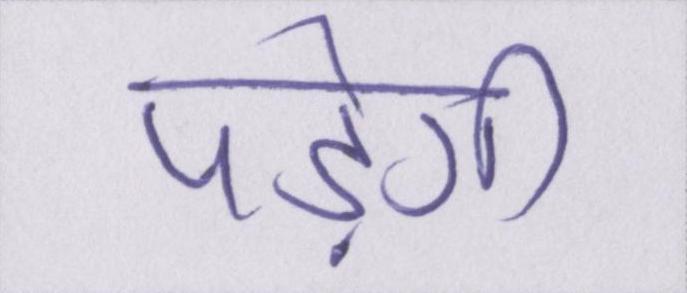
पड़ेगी